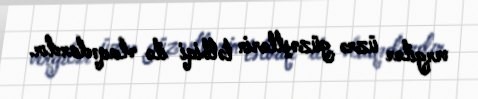
vergilər üzrə güzəştlərin tətbiqi ilə əlaqədardır.